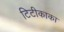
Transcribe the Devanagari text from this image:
टिटीकाका